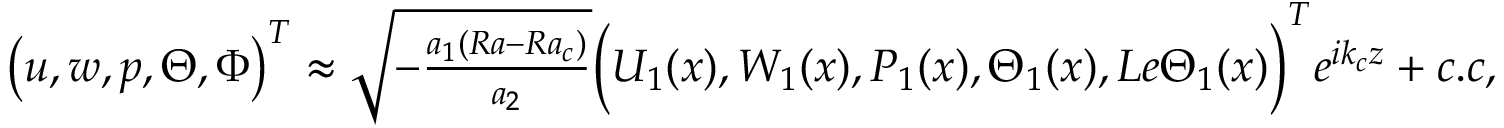
\begin{array} { r } { \left( u , w , p , \Theta , \Phi \right) ^ { T } \approx \sqrt { - \frac { a _ { 1 } ( R a - R a _ { c } ) } { a _ { 2 } } } \bigg ( U _ { 1 } ( x ) , W _ { 1 } ( x ) , P _ { 1 } ( x ) , \Theta _ { 1 } ( x ) , L e \Theta _ { 1 } ( x ) \bigg ) ^ { T } e ^ { i k _ { c } z } + c . c , } \end{array}